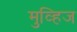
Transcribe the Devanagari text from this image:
मुव्हिज